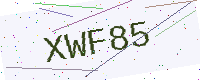
Text: XWF85